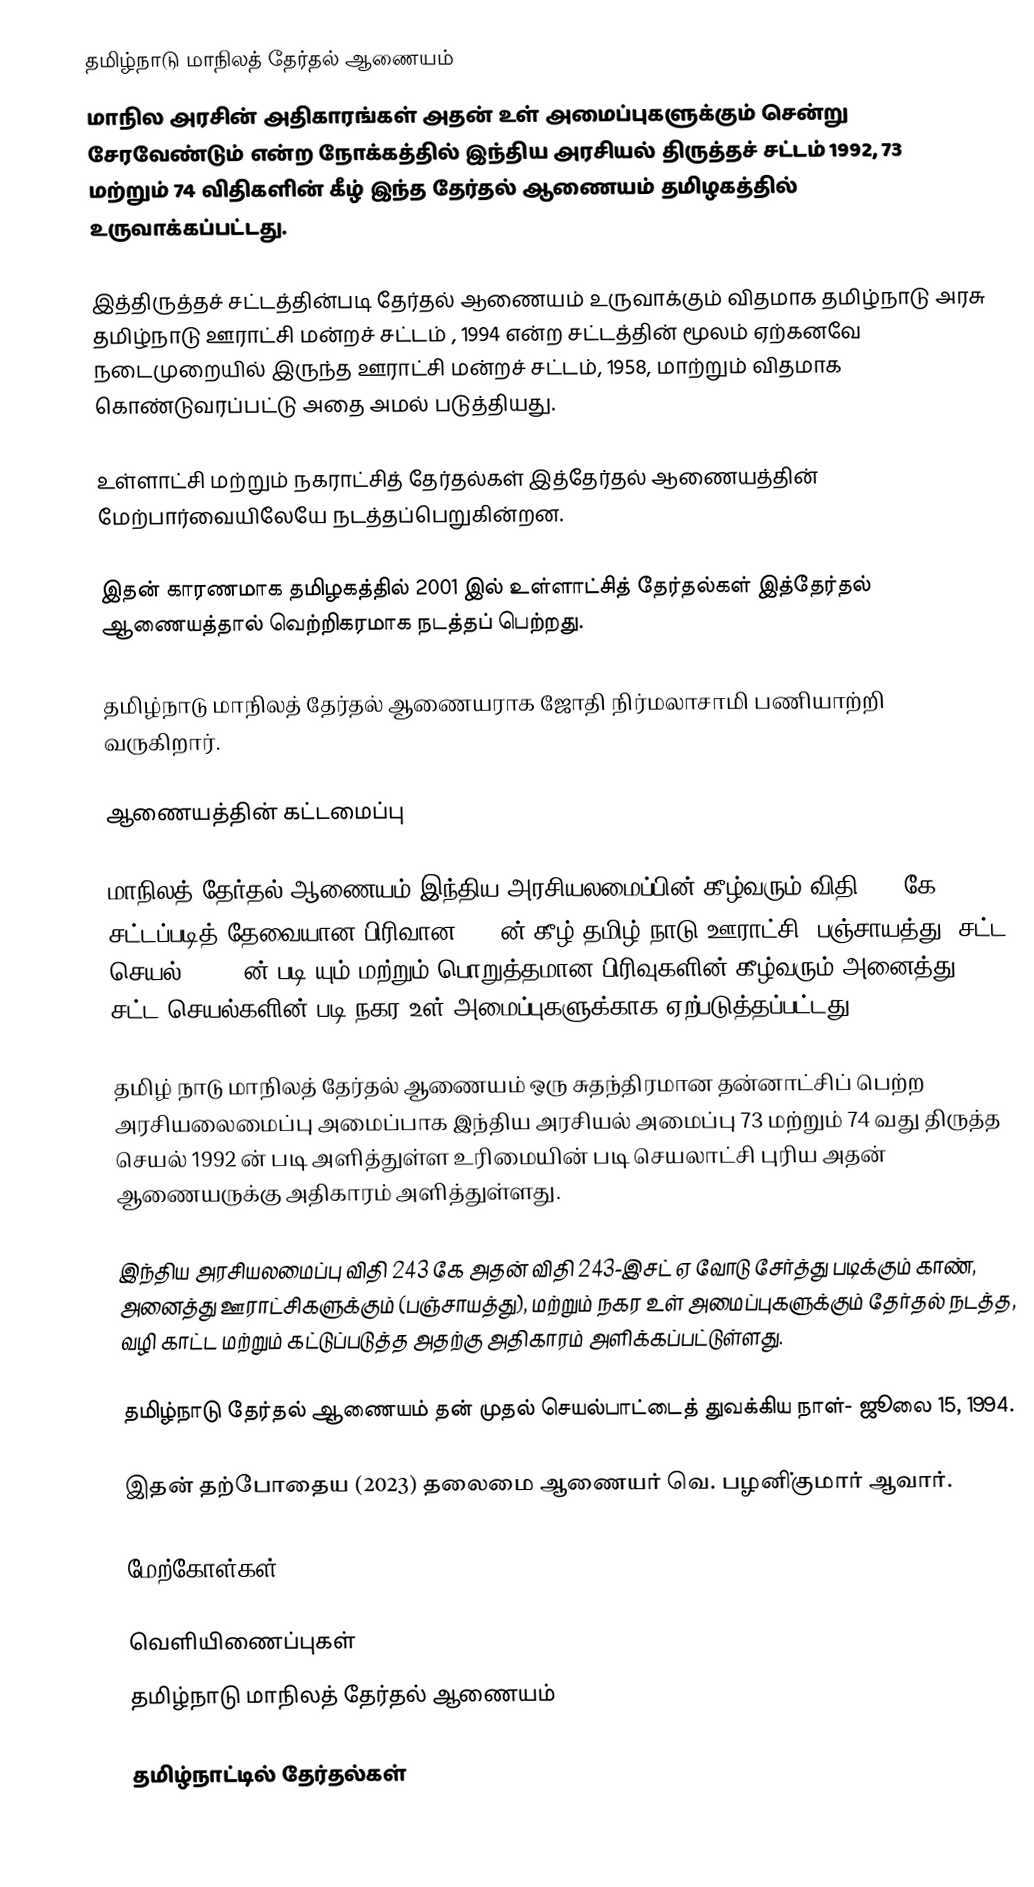
தமிழ்நாடு மாநிலத் தேர்தல் ஆணையம்
மாநில அரசின் அதிகாரங்கள் அதன் உள் அமைப்புகளுக்கும் சென்று சேரவேண்டும் என்ற நோக்கத்தில் இந்திய அரசியல் திருத்தச் சட்டம் 1992, 73 மற்றும் 74 விதிகளின் கீழ் இந்த தேர்தல் ஆணையம் தமிழகத்தில் உருவாக்கப்பட்டது.

இத்திருத்தச் சட்டத்தின்படி தேர்தல் ஆணையம் உருவாக்கும் விதமாக  தமிழ்நாடு அரசு தமிழ்நாடு ஊராட்சி மன்றச் சட்டம் , 1994 என்ற சட்டத்தின் மூலம் ஏற்கனவே நடைமுறையில் இருந்த ஊராட்சி மன்றச் சட்டம்,  1958, மாற்றும் விதமாக கொண்டுவரப்பட்டு அதை அமல் படுத்தியது.

உள்ளாட்சி மற்றும் நகராட்சித் தேர்தல்கள் இத்தேர்தல் ஆணையத்தின் மேற்பார்வையிலேயே நடத்தப்பெறுகின்றன.

இதன் காரணமாக தமிழகத்தில் 2001 இல் உள்ளாட்சித் தேர்தல்கள் இத்தேர்தல் ஆணையத்தால் வெற்றிகரமாக நடத்தப் பெற்றது.

தமிழ்நாடு மாநிலத் தேர்தல் ஆணையராக ஜோதி நிர்மலாசாமி பணியாற்றி வருகிறார்.

ஆணையத்தின் கட்டமைப்பு

மாநிலத் தேர்தல் ஆணையம் இந்திய அரசியலமைப்பின் கீழ்வரும் விதி 243 கே சட்டப்படித் தேவையான பிரிவான 239 ன் கீழ் தமிழ் நாடு ஊராட்சி (பஞ்சாயத்து) சட்ட செயல், 1994 ன் படி யும் மற்றும் பொறுத்தமான பிரிவுகளின் கீழ்வரும் அனைத்து சட்ட செயல்களின் படி நகர உள் அமைப்புகளுக்காக ஏற்படுத்தப்பட்டது.

தமிழ் நாடு மாநிலத் தேர்தல் ஆணையம் ஒரு சுதந்திரமான தன்னாட்சிப் பெற்ற அரசியலைமைப்பு அமைப்பாக இந்திய அரசியல் அமைப்பு 73 மற்றும் 74 வது திருத்த செயல் 1992 ன் படி  அளித்துள்ள உரிமையின் படி செயலாட்சி புரிய அதன் ஆணையருக்கு அதிகாரம் அளித்துள்ளது.

இந்திய அரசியலமைப்பு விதி 243 கே அதன் விதி 243-இசட் ஏ வோடு சேர்த்து படிக்கும் காண், அனைத்து ஊராட்சிகளுக்கும் (பஞ்சாயத்து), மற்றும் நகர உள் அமைப்புகளுக்கும் தேர்தல் நடத்த, வழி காட்ட மற்றும் கட்டுப்படுத்த அதற்கு அதிகாரம் அளிக்கப்பட்டுள்ளது.

தமிழ்நாடு தேர்தல் ஆணையம் தன் முதல் செயல்பாட்டைத் துவக்கிய நாள்- ஜூலை 15, 1994.

இதன் தற்போதைய (2023) தலைமை ஆணையர்  வெ. பழனி்குமார் ஆவார்.

மேற்கோள்கள்

வெளியிணைப்புகள்
தமிழ்நாடு மாநிலத் தேர்தல் ஆணையம்

தமிழ்நாட்டில் தேர்தல்கள்